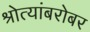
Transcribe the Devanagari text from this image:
श्रोत्यांबरोबर